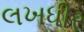
લખધીર